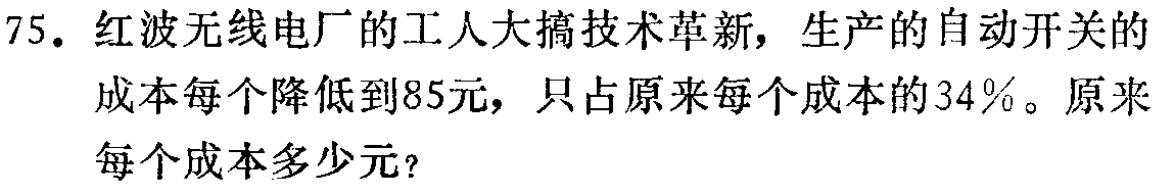
75. 红波无线电厂的工人大搞技术革新，生产的自动开关的成本每个降低到85元，只占原来每个成本的34%。原来每个成本多少元？